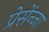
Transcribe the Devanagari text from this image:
प्रेसेंन्जा